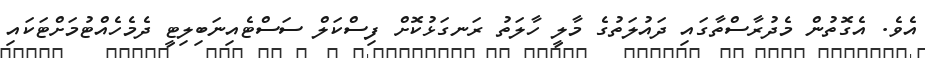
އެވެ. އެގޮތުން މެދުރާސްތާގައި ދައުލަތުގެ މާލީ ހާލަތު ރަނގަޅުކޮށް ފިސްކަލް ސަސްޓެއިނަބިލިޓީ ދެމެހެއްޓުމަށްޓަކައި